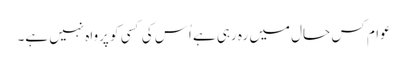
عوام کس حال میں رہ رہی ہے اُس کی کسی کو پرواہ نہیں ہے۔